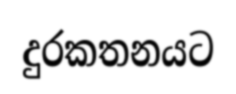
දුරකතනයට